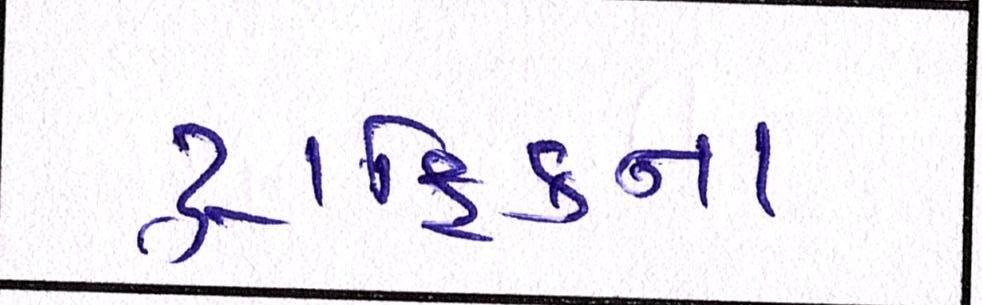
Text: ટ્રાફિકના